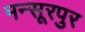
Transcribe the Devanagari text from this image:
मन्सूरपुर